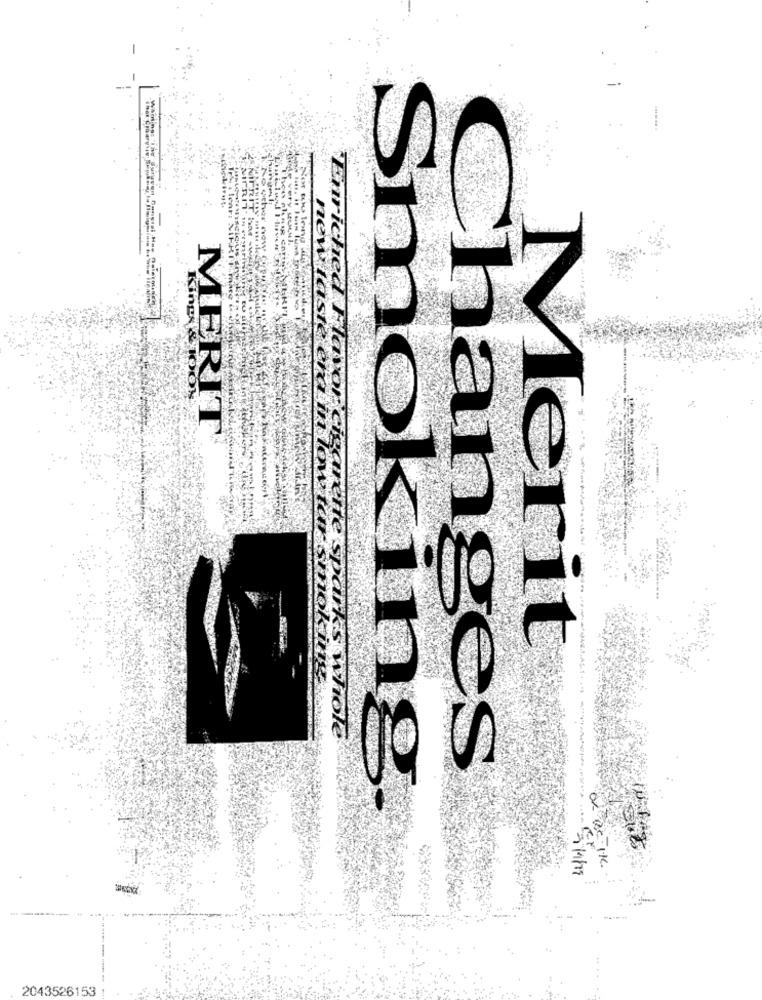
Por
WERFT
KINDAKIBON
Enriched Favor
nevlastserin
MERIT
Merit
Tks Whole
Changes
Smoking
--
2043526153 1.